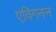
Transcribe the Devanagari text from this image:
एविगनन